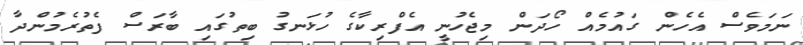
ނަމަވެސް އެހެން ގައުމެއް ހޯދަން މިޖެހުނީ އެފްރިކާގެ ހުޅަނގު ބިތުގައި ބާރަސް ފެތުރެމުންދާ